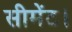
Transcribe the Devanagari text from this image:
सीमेंट।